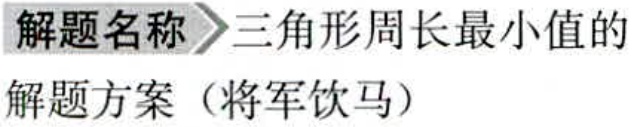
解题名称 \(\rhd\) 三角形周长最小值的

解题方案（将军饮马）